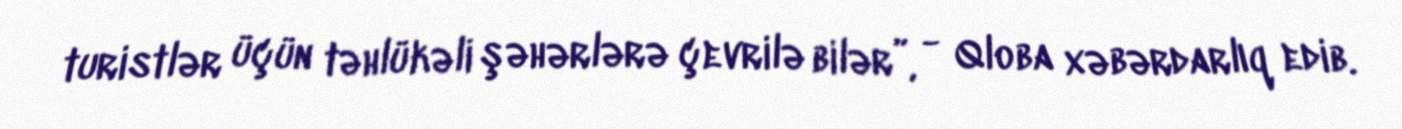
turistlər üçün təhlükəli şəhərlərə çevrilə bilər”, - Qloba xəbərdarlıq edib.